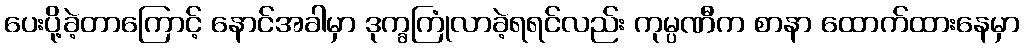
ပေးပို့ခဲ့တာကြောင့် နောင်အခါမှာ ဒုက္ခကြုံလာခဲ့ရရင်လည်း ကုမ္ပဏီက စာနာ ထောက်ထားနေမှာ